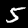
Digit: 5